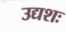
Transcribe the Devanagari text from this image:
उद्यशः